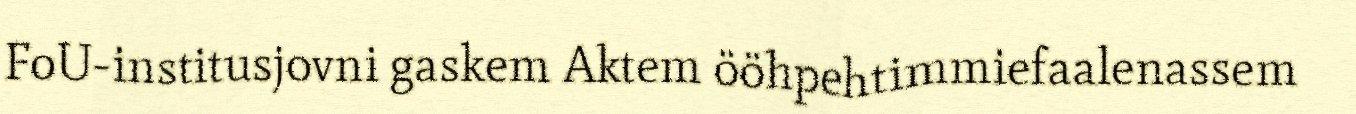
FoU-institusjovni gaskem Aktem ööhpehtimmiefaalenassem